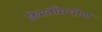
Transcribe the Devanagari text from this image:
किमतींमधील